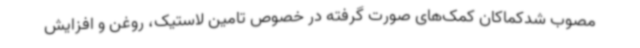
مصوب شدکماکان کمک‌های صورت گرفته در خصوص تامین لاستیک، روغن و افزایش